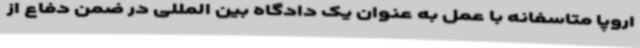
اروپا متاسفانه با عمل به عنوان یک دادگاه بین المللی در ضمن دفاع از